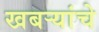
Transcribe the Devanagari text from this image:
खबऱ्यांचे